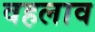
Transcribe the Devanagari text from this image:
वहलाव